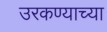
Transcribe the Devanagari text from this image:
उरकण्याच्या